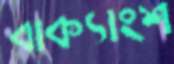
বাক্যাংশ